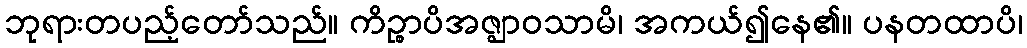
ဘုရားတပည့်တော်သည်။ ကိဉ္စာပိအဇ္ဈာဝသာမိ၊ အကယ်၍နေ၏။ ပနတထာပိ၊